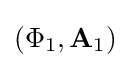
(\Phi _{1},{\mathbf {A} _{1}})